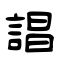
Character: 誯